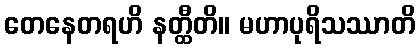
တေနေတရဟိ နတ္ထီတိ။ မဟာပုရိသဿာတိ